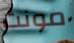
مونت